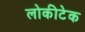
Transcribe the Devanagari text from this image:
लोकीटेक